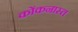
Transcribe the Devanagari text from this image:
कोंकनास्त